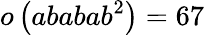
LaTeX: o\left(ababab^{2}\right)=67